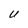
Character: U